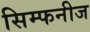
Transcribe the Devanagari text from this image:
सिम्फनीज